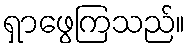
ရှာဖွေကြသည်။